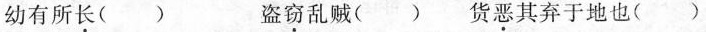
幼有所\underset{·}{长}( ) 盗\underset{·}{窃}乱贼( ) 货\underset{·}{恶}其弃于地也 （ ）